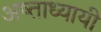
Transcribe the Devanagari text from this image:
अष्ताध्यायी